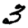
Digit: 3